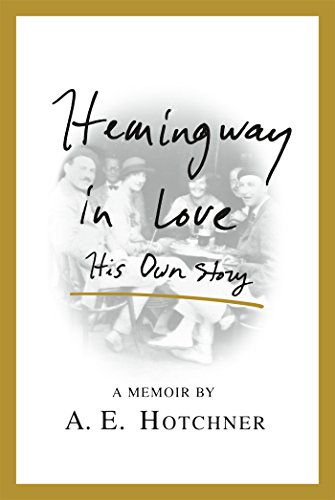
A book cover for Hemingway in Love: His Own Story; A. E. Hotchner; Biographies & Memoirs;